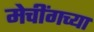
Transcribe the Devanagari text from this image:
मेचींगच्या